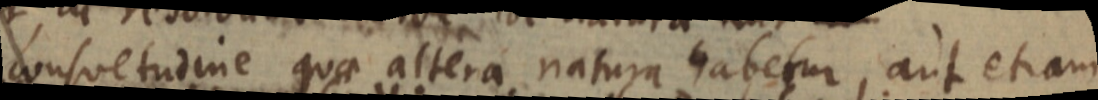
consuetudine quae altera natura habetur, aut etiam